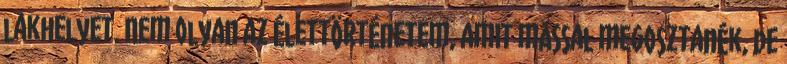
lakhelyet. Nem olyan az élettörténetem, amit mással megosztanék, de